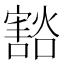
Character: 𫴓